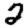
Digit: 2